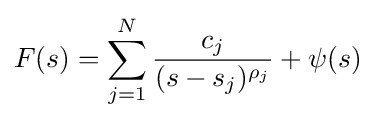
F(s)=\sum _{j=1}^{N}{\frac {c_{j}}{(s-s_{j})^{\rho _{j}}}}+\psi (s)